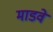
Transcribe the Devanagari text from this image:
माडवे